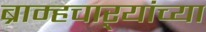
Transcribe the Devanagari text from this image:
ब्राम्हचाऱ्यांच्या